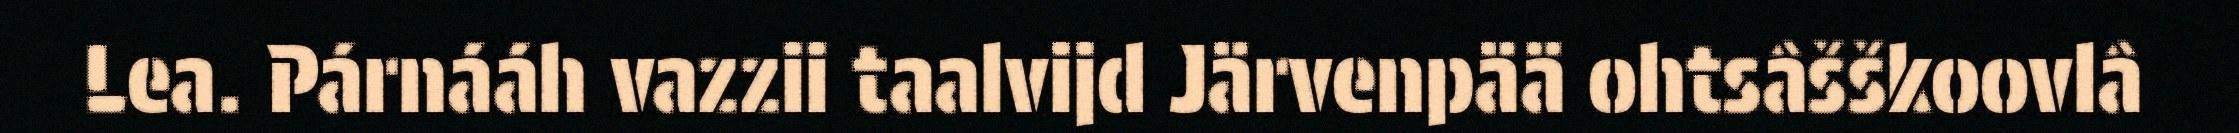
Lea. Párnááh vazzii taalvijd Järvenpää ohtsâšškoovlâ